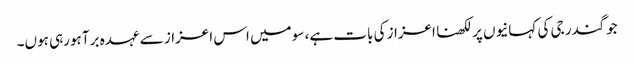
جوگندر جی کی کہانیوں پر لکھنا اعزاز کی بات ہے، سو میں اس اعزاز سے عہدہ برآ ہورہی ہوں۔